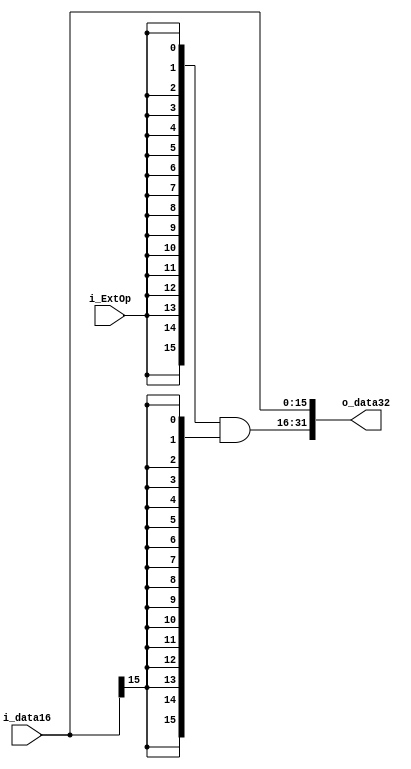
module Extender(i_data16,
                i_ExtOp,
                o_data32);
  
input   [15:0]  i_data16;
input           i_ExtOp;
output  [31:0]  o_data32;

assign  o_data32 = {{16{i_ExtOp}} & {16{i_data16[15]}}, i_data16};
  
endmodule